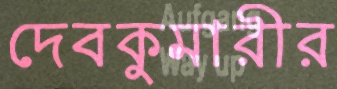
দেবকুমারীর